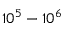
1 0 ^ { 5 } - 1 0 ^ { 6 }